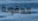
العقوبة